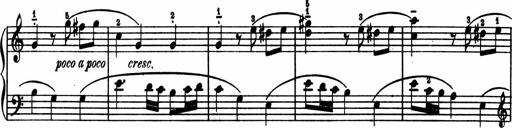
Title: 2 Sonatinen
Composer: Lambertus Adrianus van Tetterode